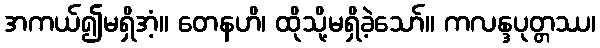
အကယ်၍မရှိအံ့။ တေနဟိ၊ ထိုသို့မရှိခဲ့သော်။ ကလန္ဒပုတ္တဿ၊